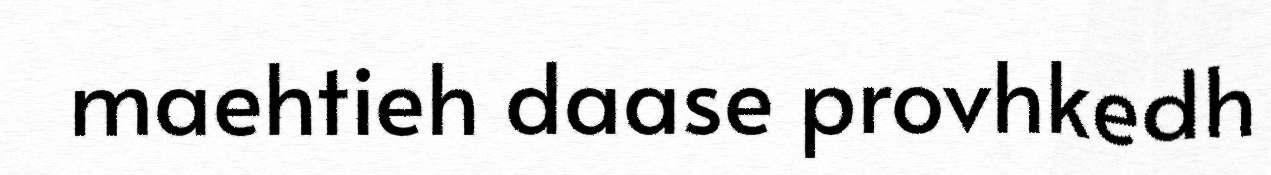
maehtieh daase provhkedh